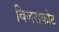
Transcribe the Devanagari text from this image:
बिजराकोट